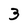
Character: 3